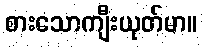
စားသောကျီးယုတ်မာ။